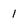
Character: 1